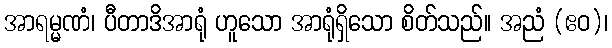
အာရမ္မဏံ၊ ပီတာဒိအာရုံ ဟူသော အာရုံရှိသော စိတ်သည်။ အညံ (ဧဝ)၊